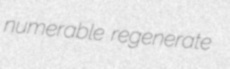
numerable regenerate